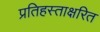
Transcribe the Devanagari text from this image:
प्रतिहस्ताक्षरित